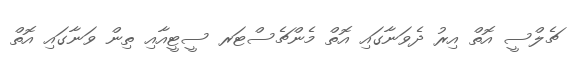
ޗެލްސީ އޮތް އިރު ދެވަނާގައި އޮތް މެންޗެސްޓަރ ސީޓީއާއި ތިން ވަނާގައި އޮތް